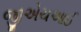
જીએચઆઈ